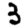
Digit: 3